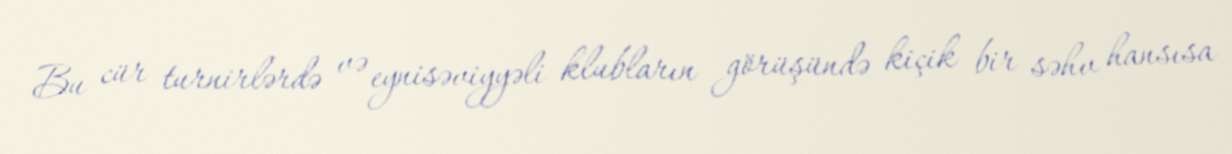
Bu cür turnirlərdə və eynisəviyyəli klubların görüşündə kiçik bir səhv hansısa